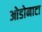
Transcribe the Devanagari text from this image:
ओडोनाटा